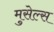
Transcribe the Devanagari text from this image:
मुसेल्स